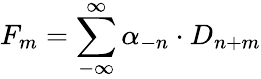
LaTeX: F_{m}=\sum_{-\infty}^{\infty}\alpha_{-n}\cdot D_{n+m}